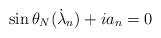
LaTeX: \begin{align*}\sin\theta_N(\dot \lambda_n)+ i a_n=0\end{align*}